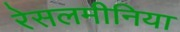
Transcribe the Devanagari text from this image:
रेसलमीनिया